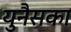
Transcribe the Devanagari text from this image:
युनैसका